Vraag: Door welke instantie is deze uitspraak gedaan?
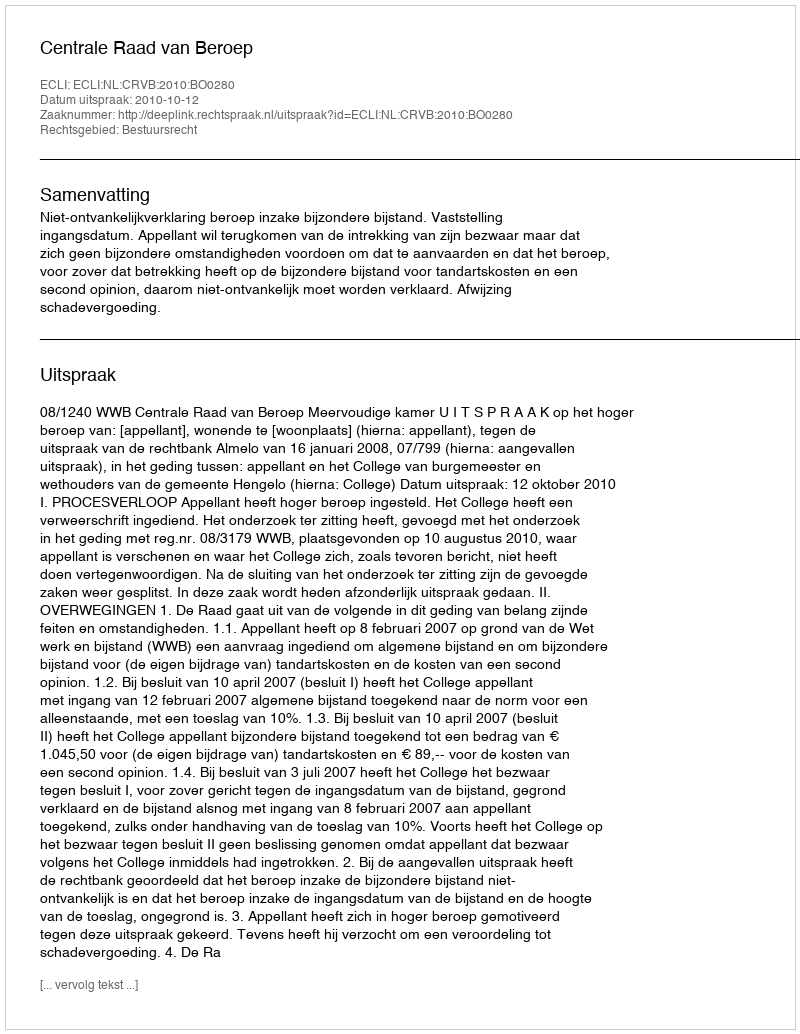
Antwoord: Centrale Raad van Beroep